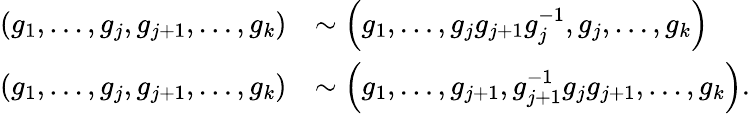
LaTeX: \begin{array}{rl}{\left(g_{1},\dots,g_{j},g_{j+1},\dots,g_{k}\right)}&{\sim\left(g_{1},\dots,g_{j}g_{j+1}g_{j}^{-1},g_{j},\dots,g_{k}\right)}\\ {\left(g_{1},\dots,g_{j},g_{j+1},\dots,g_{k}\right)}&{\sim\left(g_{1},\dots,g_{j+1},g_{j+1}^{-1}g_{j}g_{j+1},\dots,g_{k}\right).}\end{array}